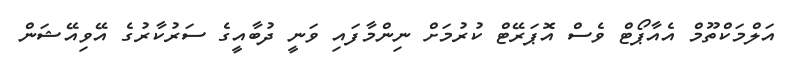
އަލްމަކްތޫމް އެއާޕޯޓް ވެސް އޮޕަރޭޓް ކުރުމަށް ނިންމާފައި ވަނީ ދުބާއީގެ ސަރުކާރުގެ އޭވިއޭޝަން